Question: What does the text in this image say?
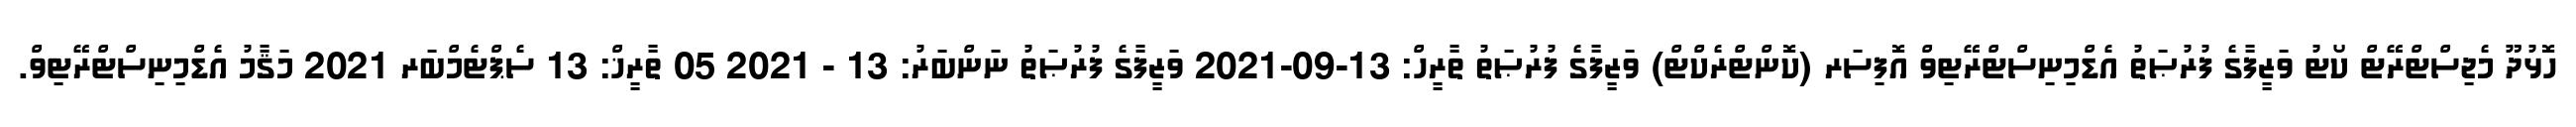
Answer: ހޮޅުދޫ މެޖިސްޓްރޭޓް ކޯޓު ވަޒީފާގެ ފުރުޞަތު އެޑްމިނިސްޓްރޭޓިވް އޮފިސަރ (ކޮންޓްރެކްޓް) ވަޒީފާގެ ފުރުޞަތު ތާރީހް: 13-09-2021 ވަޒީފާގެ ފުރުޞަތު ނަންބަރު: 13 - 2021 05 ތާރީޚް: 13 ސެޕްޓެމްބަރ 2021 މަޤާމު އެޑްމިނިސްޓްރޭޓިވް.